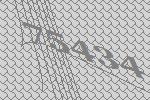
75434